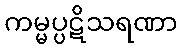
ကမ္မပ္ပဋိသရဏာ